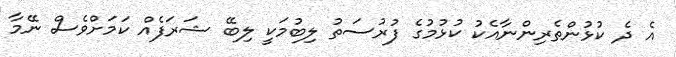
އެ ދެ ކުޅުންތެރިންނާއެކު ކުޅުމުގެ ފުރުސަތު ލިބުމަކީ ލިބޭ ޝަރަފެއް ކަމަށްވެސް ނޭމާ